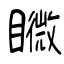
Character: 矀